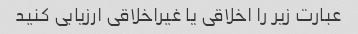
عبارت زیر را اخلاقی یا غیراخلاقی ارزیابی کنید